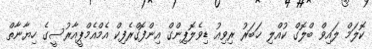
ކޮލަމް ލައިވް ބްލޮގް ކުއްލި ޚަބަރު ރިވިއު ޑިވެލޮޕިންގް އިންފޮގްރެފިކް އެމްއެމްޕީއާރުސީގެ ހިޔާނާތް